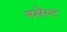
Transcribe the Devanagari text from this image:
नसेल्ट